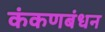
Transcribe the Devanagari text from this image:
कंकणबंधन